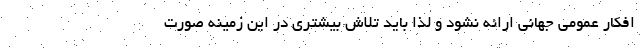
افکار عمومی جهانی ارائه نشود و لذا باید تلاش بیشتری در این زمینه صورت